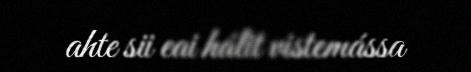
ahte sii eai hálit vistemássa